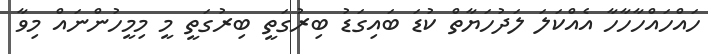
ހައްހައްހާހާހާ އެއްކަލަ ލަދުހަޔާތް ކުޑަ ބައިގަޑު ބިރުގަތީ ބިރުގަތީ މީ މިމީހުންނައް މިވާ